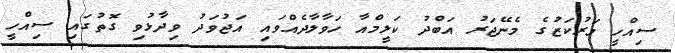
ސިއްހީ މަރުކަޒުގެ މެނޭޖަރު އަބްދު ކަލީމްއާ ހަވާލާދެއްވައި އަޖުވަދު ވިދާޅުވި ގޮތުގައި ސިއްހީ